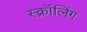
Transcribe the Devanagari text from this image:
स्क्रॉलिंग